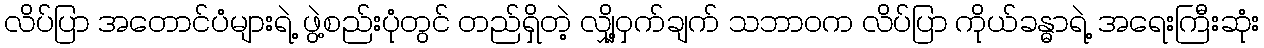
လိပ်ပြာ အတောင်ပံများရဲ့ ဖွဲ့စည်းပုံတွင် တည်ရှိတဲ့ လျှို့ဝှက်ချက် သဘာဝက လိပ်ပြာ ကိုယ်ခန္ဓာရဲ့ အရေးကြီးဆုံး